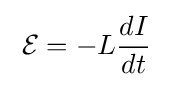
\;{\mathcal {E}}=-L{\frac {dI}{dt}}\;